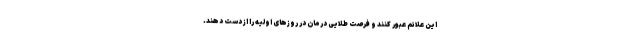
این علائم عبور کنند و فرصت طلایی درمان در روزهای اولیه را از دست دهند.